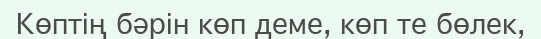
Көптің бәрін көп деме, көп те бөлек,